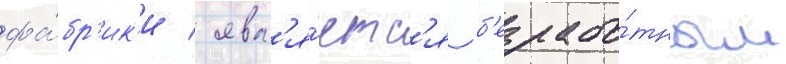
фа́бр'ик'и / явл'я́етс'я б'езрабо́тным